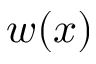
w ( x )